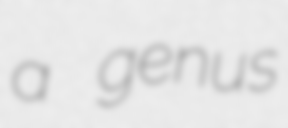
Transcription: a genus